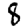
Digit: 8